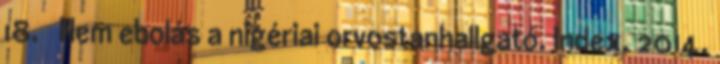
18. ↑ Nem ebolás a nigériai orvostanhallgató. Index, 2014.